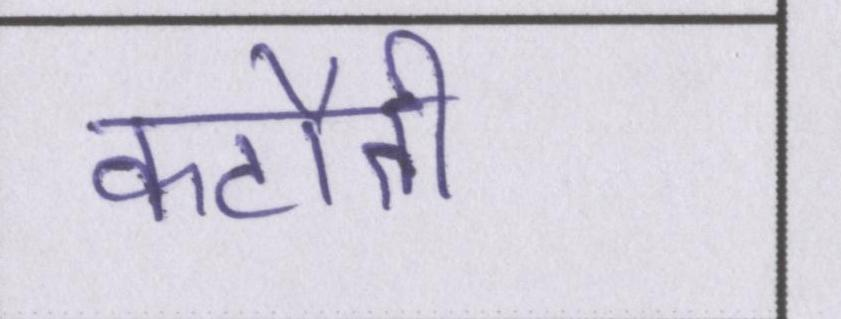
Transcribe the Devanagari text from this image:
कटौती